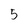
Character: 5